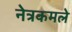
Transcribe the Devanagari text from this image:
नेत्रकमले